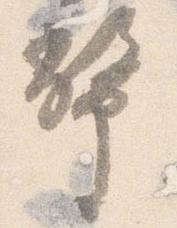
幣